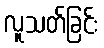
လူသတ်ခြင်း